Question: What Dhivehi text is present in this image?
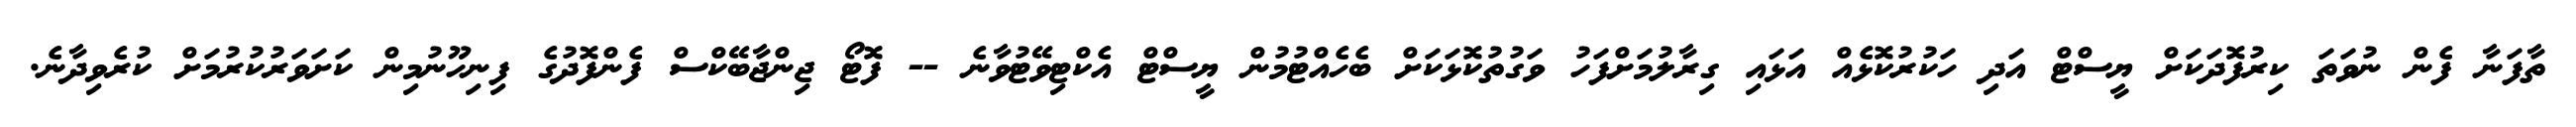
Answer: ތާފަނާ ފެން ނުވަތަ ކިރުފޮދަކަށް ޔީސްޓް އަދި ހަކުރުކޮޅެއް އަޅައި ގިރާލުމަށްފަހު ވަގުތުކޮޅަކަށް ބެހެއްޓުމުން ޔީސްޓް އެކްޓިވޭޓުވާނެ -- ފޮޓޯ ޖިންޖާބޭކްސް ފެންފޮދުގެ ފިނިހޫނުމިން ކަށަވަރުކުރުމަށް ކުރެވިދާނެ.